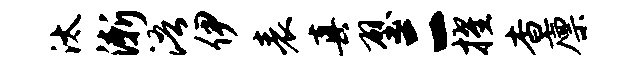
汰渐浯伊表真壁二擢杳廪